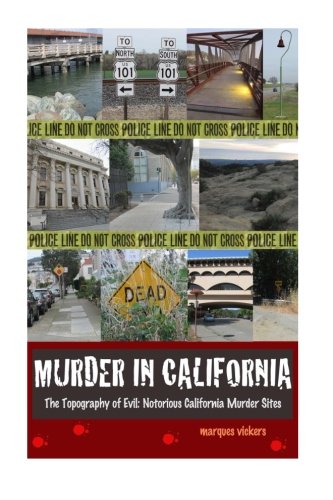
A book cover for Murder in California: The Topography of Evil: Notorious California Murder Sites (Volume 2); Marques Vickers; Biographies & Memoirs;